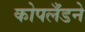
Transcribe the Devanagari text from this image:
कोपलँडने